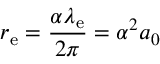
r _ { \mathrm { e } } = { \frac { \alpha \lambda _ { \mathrm { e } } } { 2 \pi } } = \alpha ^ { 2 } a _ { 0 }